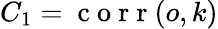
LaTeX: C_{1}=\mathrm{~c~o~r~r~}(o,k)